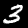
Label: 3